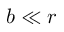
b \ll r